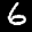
Label: 6